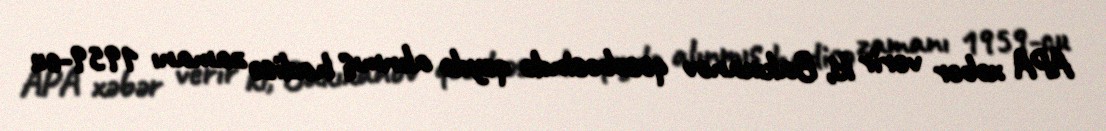
APA xəbər verir ki, Bakıxanov qəsəbəsində qeydə alınmış hadisə zamanı 1959-cu